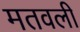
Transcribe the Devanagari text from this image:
मतवली